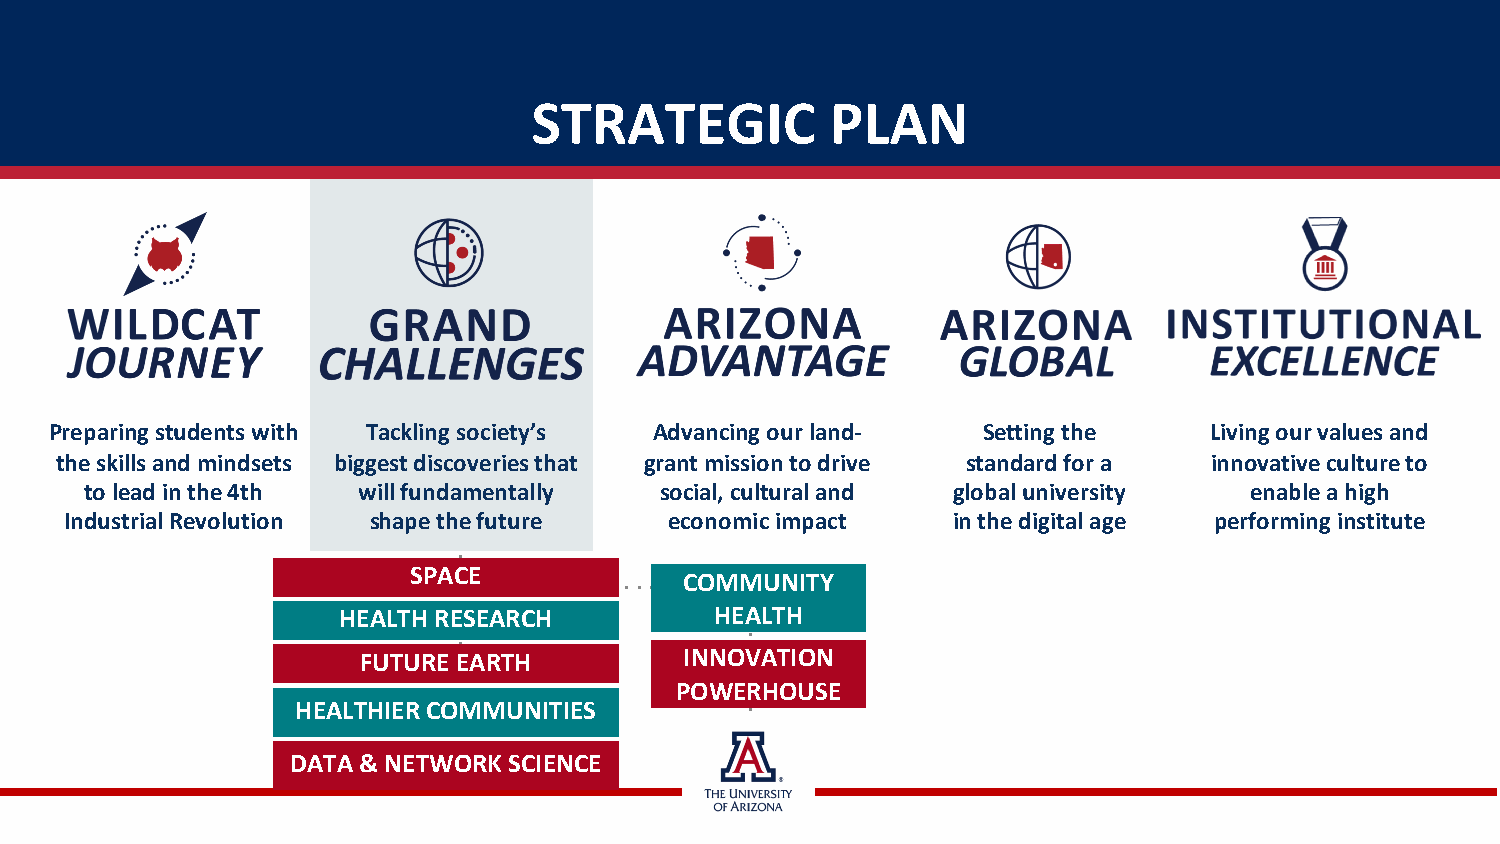
STRATEGIC           PLAN
 Preparing students with Tackling society’s Advancing our land- Setting the   Living our values and
 the skills and mindsets biggest discoveries that grant mission to drive standard for a innovative culture to
 to lead in the 4th will fundamentally social, cultural and global university enable a high
 Industrial Revolution shape the future  economic impact    in the digital age performing institute
 SPACE
 COMMUNITY
 HEALTH RESEARCH          HEALTH
 FUTURE EARTH         INNOVATION
 POWERHOUSE
 HEALTHIER COMMUNITIES
 DATA & NETWORK SCIENCE